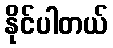
နိုင်ပါတယ်